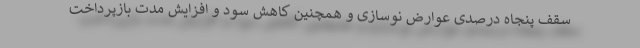
سقف پنجاه درصدی عوارض نوسازی و همچنین کاهش سود و افزایش مدت بازپرداخت